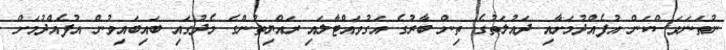
ނުތަނަވަސްކަން އުފެއްދުމަށާއި ދައުލަތުގެ ތިން ބާރުގެ އަގުވައްޓާލައި ރައްޔިތުންގެ މެދުގައި ބައިބައިވުން އުފެއްދުމަށް